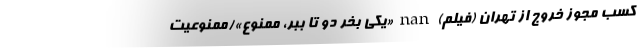
کسب مجوز خروج از تهران (فیلم) nan «یکی بخر دو تا ببر، ممنوع»/ممنوعیت